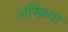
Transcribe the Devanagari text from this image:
अम्ब्रिया